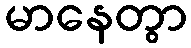
မာနေတွာ